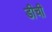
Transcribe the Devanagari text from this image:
डीची